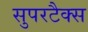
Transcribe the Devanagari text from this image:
सुपरटैक्स